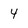
Character: 4